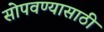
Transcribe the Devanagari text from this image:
सोपवण्यासाठी